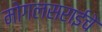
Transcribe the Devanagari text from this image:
मोगलसराईचे